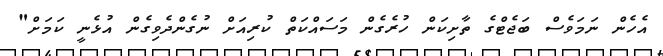
އެހެން ނަމަވެސް ބަޖެޓްގެ ތާށިކަން ހުރެގެން މަސައްކަތް ކުރިއަށް ނުގެންދެވިގެން އުޅެނީ ކަމަށް"